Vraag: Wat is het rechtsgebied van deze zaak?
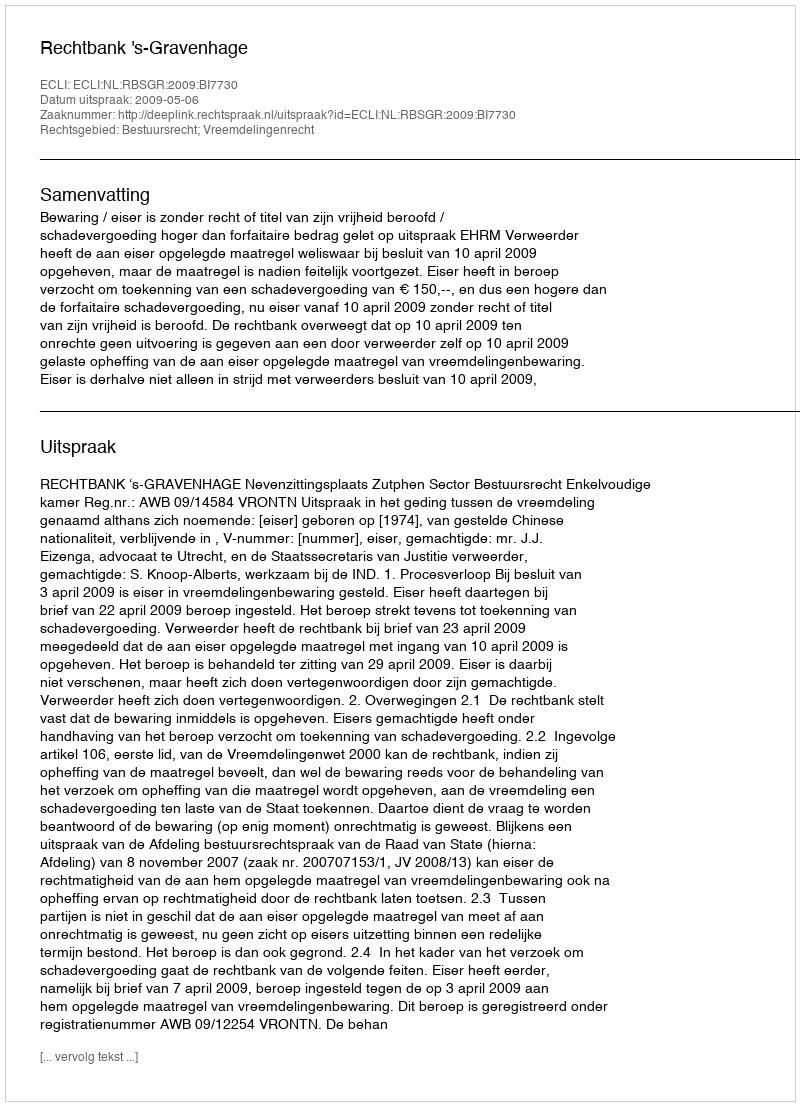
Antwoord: Bestuursrecht; Vreemdelingenrecht